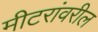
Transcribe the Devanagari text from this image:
मीटरांवरील